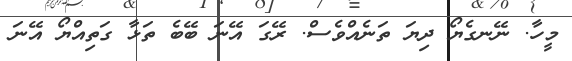
މީހާ. ނޭނގެޔޯ ދިޔަ ތަނެއްވެސް. ރޭގަ އޭނަ ބޭބެ ތަޅާ ގަތިއްޔޯ އޭނަ